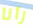
رآنا